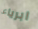
ابرياء